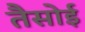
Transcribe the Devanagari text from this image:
तैसोई